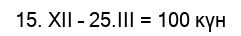
15. ХІІ – 25.ІІІ = 100 күн